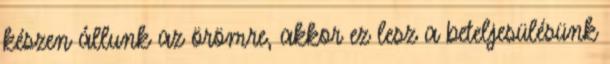
készen állunk az örömre, akkor ez lesz a beteljesülésünk